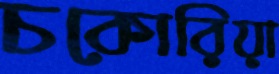
চকোরিয়া